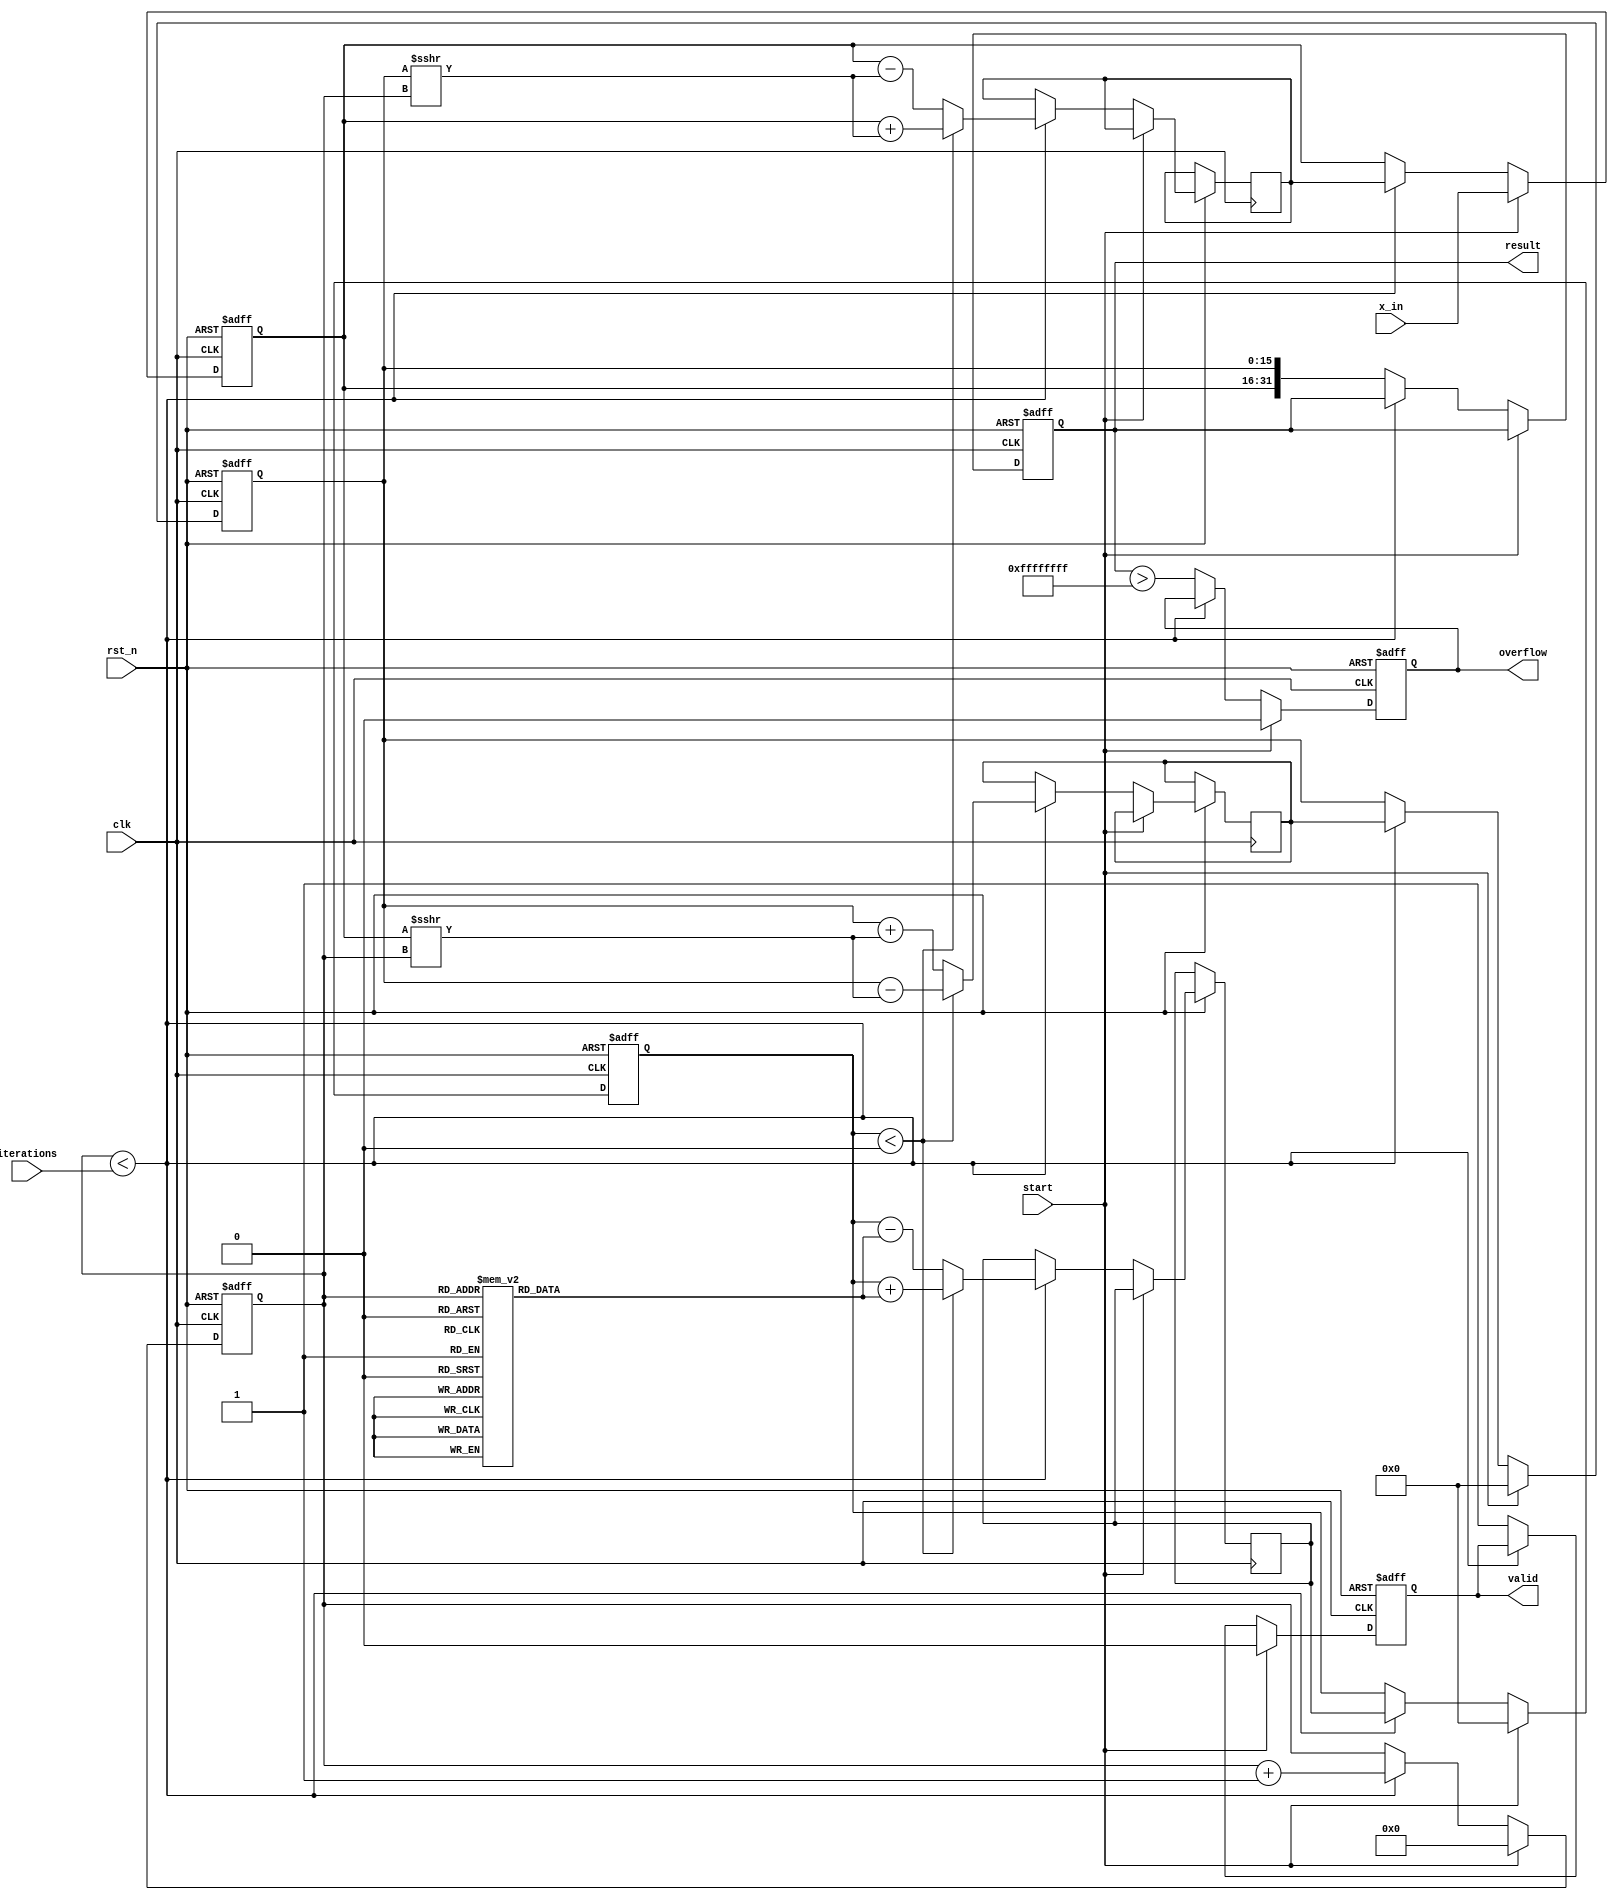
module cordic_polynomial_evaluator (
    input wire clk,
    input wire rst_n,
    input wire start,
    input wire [15:0] x_in, // Input value for polynomial evaluation
    input wire [3:0] iterations, // Number of iterations for CORDIC
    output reg [31:0] result, // Result of polynomial evaluation
    output reg valid, // Output valid signal
    output reg overflow // Overflow signal
);

    // CORDIC parameters
    reg [15:0] x, y, z; // CORDIC variables
    reg [15:0] x_next, y_next, z_next; // Next values
    reg [3:0] count; // Iteration counter
    reg [15:0] atan_lut [0:15]; // Look-up table for arctangent values
    reg [15:0] scaling_factors [0:15]; // Scaling factors

    // Initialize look-up tables
    initial begin
        atan_lut[0] = 16'h0000; // atan(0)
        atan_lut[1] = 16'h1C71; // atan(1/2)
        atan_lut[2] = 16'h2D9A; // atan(1/4)
        // ... Fill in other values as needed
        atan_lut[15] = 16'h3FFF; // atan(1)
        
        scaling_factors[0] = 16'h4000; // Scaling factor for 0 iterations
        scaling_factors[1] = 16'h3FFF; // Scaling factor for 1 iteration
        // ... Fill in other values as needed
        scaling_factors[15] = 16'h0001; // Scaling factor for max iterations
    end

    // State machine for CORDIC iterations
    always @(posedge clk or negedge rst_n) begin
        if (!rst_n) begin
            x <= 16'h0000;
            y <= 16'h0000;
            z <= 16'h0000;
            count <= 0;
            valid <= 0;
            overflow <= 0;
            result <= 32'h00000000;
        end else if (start) begin
            // Initialize input values
            x <= x_in;
            y <= 16'h0000; // Assuming y starts at 0 for polynomial evaluation
            z <= 16'h0000; // Initial angle
            count <= 0;
            valid <= 0;
            overflow <= 0;
        end else if (count < iterations) begin
            // CORDIC iteration logic
            if (z < 0) begin
                x_next <= x + (y >>> count);
                y_next <= y - (x >>> count);
                z_next <= z + atan_lut[count];
            end else begin
                x_next <= x - (y >>> count);
                y_next <= y + (x >>> count);
                z_next <= z - atan_lut[count];
            end
            
            // Update values
            x <= x_next;
            y <= y_next;
            z <= z_next;
            count <= count + 1;
        end else begin
            // Final result computation
            result <= {x, y}; // Combine x and y for final result
            valid <= 1; // Signal that output is valid
            overflow <= (result > 32'hFFFFFFFF); // Check for overflow
        end
    end

endmodule